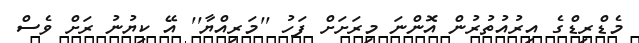
މެޑްރިޑްގެ އިރުއުތުރުން އޮންނަ މިރަށަށް ފަހު ''މަރިއްޔާ'' އޭ ކިޔުނު ރަށް ވެސް